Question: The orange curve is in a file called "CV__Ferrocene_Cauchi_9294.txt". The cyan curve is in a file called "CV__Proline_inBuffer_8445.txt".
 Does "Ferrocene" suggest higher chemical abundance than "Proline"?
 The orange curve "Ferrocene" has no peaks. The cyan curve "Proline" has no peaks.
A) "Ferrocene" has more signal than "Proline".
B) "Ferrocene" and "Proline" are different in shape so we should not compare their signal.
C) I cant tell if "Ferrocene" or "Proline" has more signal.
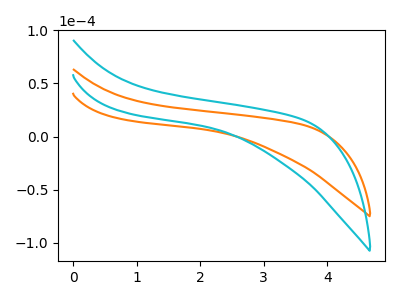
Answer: <think>Neither "Ferrocene" or "Proline" have any peaks.
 </think>
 <answer>C) I cant tell if "Ferrocene" or "Proline" has more signal.</answer>
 <eval>C</eval>